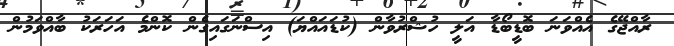
ރާއްޖޭގެ އެއްވަނަ ބޮޑީބޯޑާ އަލީ ހުޝްރުވާން (ކުޑައައްޔަ) އިސްނަގައިގެން ކޮންމެ އަހަރަކު ބާއްވަމުން